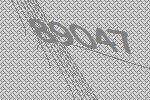
89047